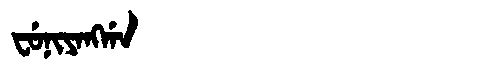
Manchu: ᠸᡠᠨᡳᠶᠠᠩᡤᠠ
Romanization: FUNIYANGGA